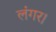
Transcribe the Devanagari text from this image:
लंगर।